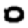
Digit: 0